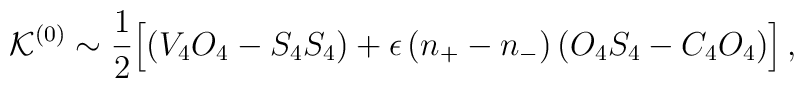
{\cal K}^{(0)} \sim \frac{1}{2}\Big[(V_4 O_4 - S_4 S_4) + \epsilon\,(n_+-n_-)\, (O_4 S_4 - C_4 O_4)\Big] \,,